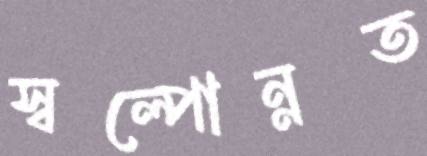
স্বল্পোন্নত